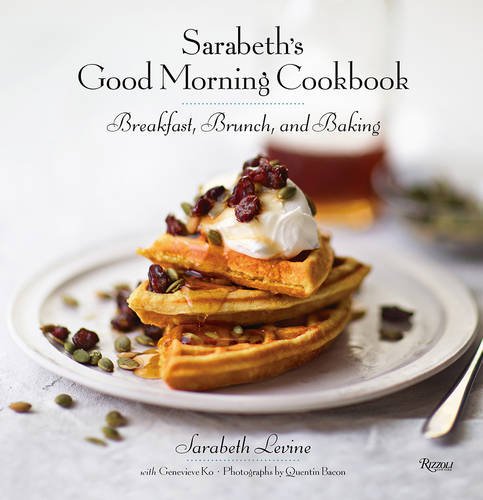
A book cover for Sarabeth's Good Morning Cookbook: Breakfast, Brunch, and Baking; Sarabeth Levine; Cookbooks, Food & Wine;